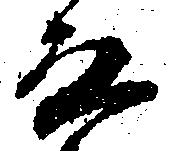
房